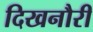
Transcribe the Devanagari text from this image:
दिखनौरी